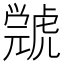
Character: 𧇳